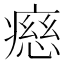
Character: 𤹏